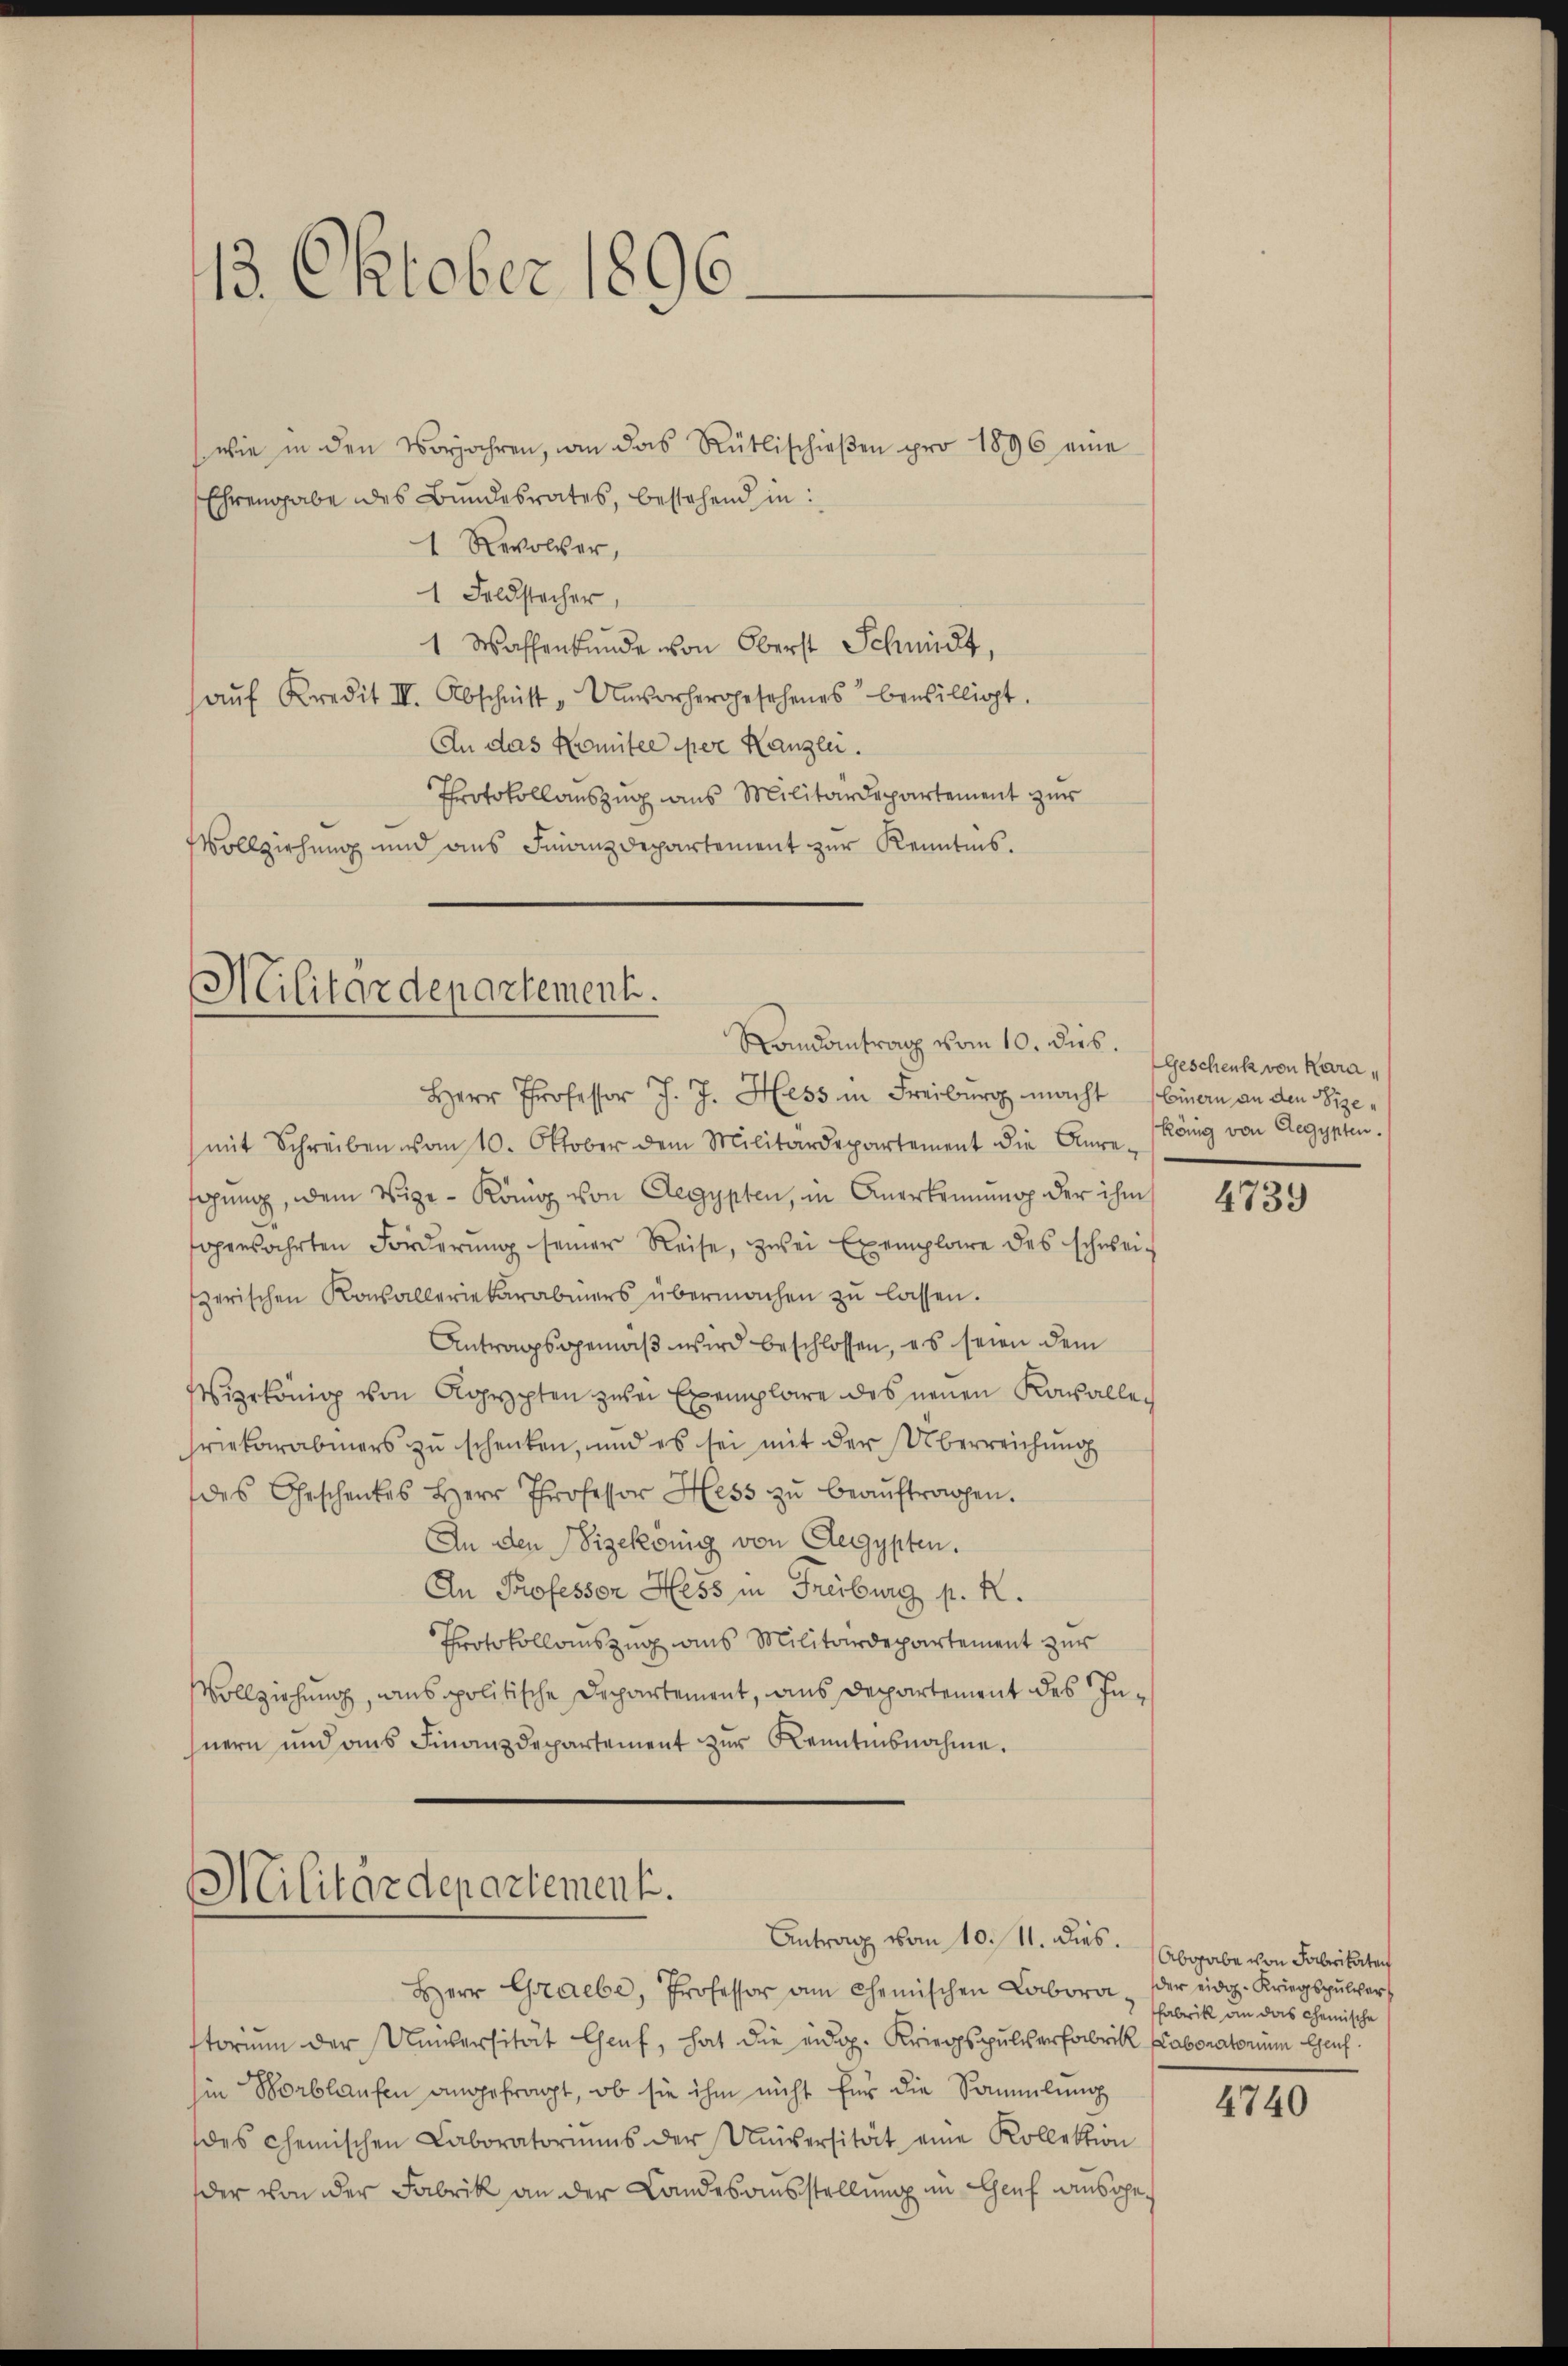
13. Oktober 1896.

Ehrengabe des Bundesrates, bestehend in
1 Revolver,
1 Feldstecher,
1 Wassenkunde von Oberst Schmidt,
aŭf Kredit III. Abschnitt "Unvorhergesehenes bewilligt.
An das Komitee per Kanzlei.
Protokollauszug aus Militärdepartement zur
Vollziehung und aus Finanzdepartement zur Kenntnis.

Militärdepartement.
Randantrag vom 10. dus.

Herr Professor J. J. Hess in Freiburg macht Einern an den Sizemit Schreiben vom 10. Oktober dem Militärdepartement die Anre-
fahung, dem Vize-König von Aegypten, in Anerkennung der ihm
genährten Forderŭng seiner Reise, zwei Exemplare des schwei-
zerischen Konsalleriekarabiers übermachen zŭ lassen.
Antragsgemäß wird beschlossen, es seien dem
Wigekönig von Aeppten zwei Exemplare des neuen Kanalleriekarabiers zu schenken, und es sei mit der Überreichŭng
des Geschenkes Herr Professor Hess zŭ beaŭftragen.
An den Vizekönig von Aegypten.
An Professor Hess in Freiburg p. R.
Protokollauszug aus Militärdepartement zur
Vollziehung, ains politische Departement, aus Departement des Inhnern und aus Finanzdepartement zur Kenntnisnahme.

Militärdepartement.
Antrag vom 10. 11. dies.

wie in den Vorjahren, wie das Rütlischieβen pro 1896 eine

Herr Graebe, Professor am Chemischen Labora der eidg. Kriegspŭlver
storium der Universität Genf, hat die eidg. Kriegspulverfabrik Laboratorium Genf
in Worblaufen angefragt, ob sie ihm nicht für die Sammlung
des chemischen Laboratoriums der Universität eine Kollektion
der von der Fabrik an der Landesausstellung im Genf ausge¬

Geschenk von Karakönig von Aegypten.

4739

Abgabe von Fabrikaten
Fabrik an das chemische

4740